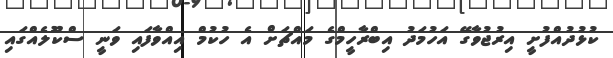
ކުޅުދުއްފުށީ އިރުޖުވާގޭ އަހުމަދު އިބްރާހީމްގެ މައްޗަށް އެ ހުކުމް އިއްވާފައި ވަނީ ސްކޫލެއްގައި